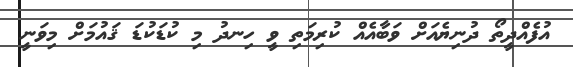
އުފެއްދީތޯ ދުނިޔެއަށް ވަބާއެއް ކުރިމަތި ވީ ހިނދު މި ކުޑަކުޑަ ޤައުމަށް މިވަނީ